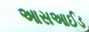
આસઆઈડ